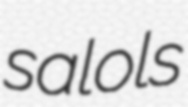
salols